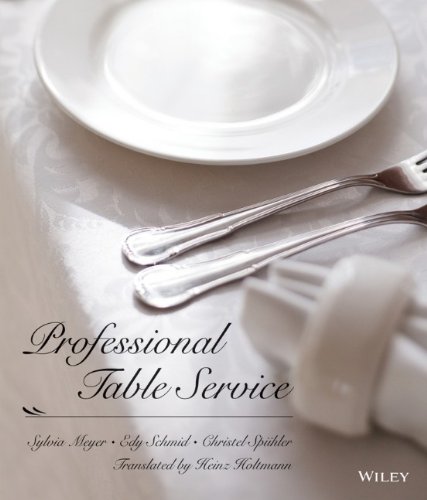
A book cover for Professional Table Service; Sylvia Meyer; Cookbooks, Food & Wine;